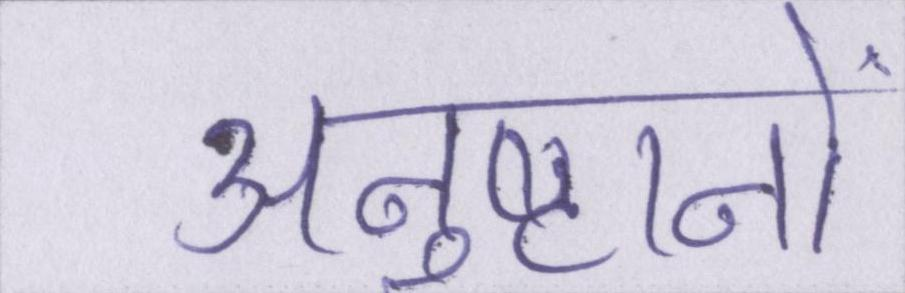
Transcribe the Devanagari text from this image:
अनुष्ठानों